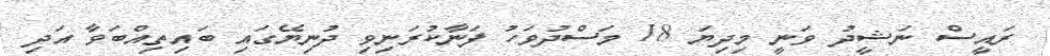
ރައީސް ނަޝީދު ވަނީ މިދިޔަ 18 މަސްދުވަހު ފަނާކުރަނިވި ދުނިޔޭގައި ބައިތިއްބަވާ އަދި